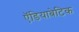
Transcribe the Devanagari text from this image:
ऍडियाबेटिक